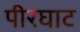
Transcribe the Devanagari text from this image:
पीरघाट